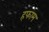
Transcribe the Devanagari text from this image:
हफाम